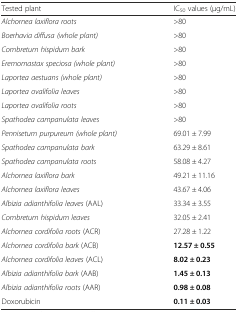
<table><thead><tr><td><b>Tested plant</b></td><td><b>IC<sub>50</sub> values (μg/mL)</b></td></tr></thead><tbody><tr><td><i>Alchornea laxiflora roots</i></td><td>&gt;80</td></tr><tr><td><i>Boerhavia diffusa (whole plant)</i></td><td>&gt;80</td></tr><tr><td><i>Combretum hispidum bark</i></td><td>&gt;80</td></tr><tr><td><i>Eremomastax speciosa (whole plant)</i></td><td>&gt;80</td></tr><tr><td><i>Laportea aestuans (whole plant)</i></td><td>&gt;80</td></tr><tr><td><i>Laportea ovalifolia leaves</i></td><td>&gt;80</td></tr><tr><td><i>Laportea ovalifolia roots</i></td><td>&gt;80</td></tr><tr><td><i>Spathodea campanulata leaves</i></td><td>&gt;80</td></tr><tr><td><i>Pennisetum purpureum (whole plant)</i></td><td>69.01 ± 7.99</td></tr><tr><td><i>Spathodea campanulata bark</i></td><td>63.29 ± 8.61</td></tr><tr><td><i>Spathodea campanulata roots</i></td><td>58.08 ± 4.27</td></tr><tr><td><i>Alchornea laxiflora bark</i></td><td>49.21 ± 11.16</td></tr><tr><td><i>Alchornea laxiflora leaves</i></td><td>43.67 ± 4.06</td></tr><tr><td><i>Albizia adianthifolia leaves</i> (AAL)</td><td>33.34 ± 3.55</td></tr><tr><td><i>Combretum hispidum leaves</i></td><td>32.05 ± 2.41</td></tr><tr><td><i>Alchornea cordifolia roots</i> (ACR)</td><td>27.28 ± 1.22</td></tr><tr><td><i>Alchornea cordifolia bark</i> (ACB)</td><td><b>12.57 ± 0.55</b></td></tr><tr><td><i>Alchornea cordifolia leaves</i> (ACL)</td><td><b>8.02 ± 0.23</b></td></tr><tr><td><i>Albizia adianthifolia bark</i> (AAB)</td><td><b>1.45 ± 0.13</b></td></tr><tr><td><i>Albizia adianthifolia roots</i> (AAR)</td><td><b>0.98 ± 0.08</b></td></tr><tr><td>Doxorubicin</td><td><b>0.11 ± 0.03</b></td></tr></tbody></table>